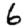
Digit: 6